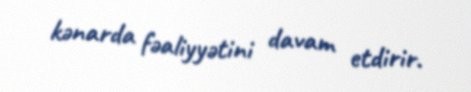
kənarda fəaliyyətini davam etdirir.